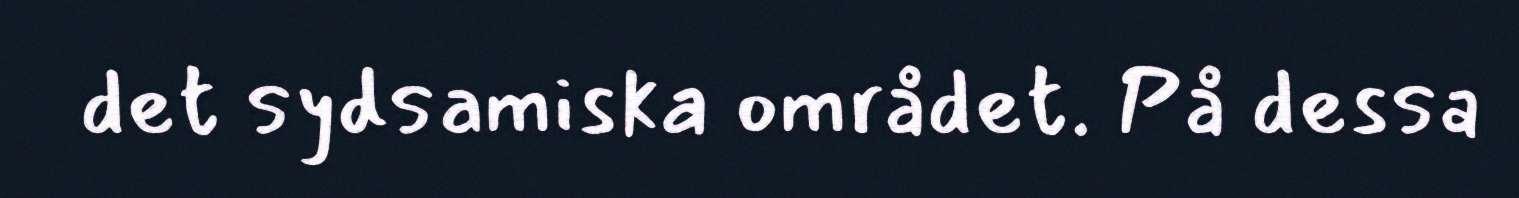
det sydsamiska området. På dessa